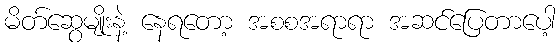
မိတ်ဆွေမျိုးနဲ့ နေရတော့ အစစအရာရာ အဆင်ပြေတာပေါ့